Annual administration report of the Civil Veterinary Department of India - 1895-1896
Year: 1895
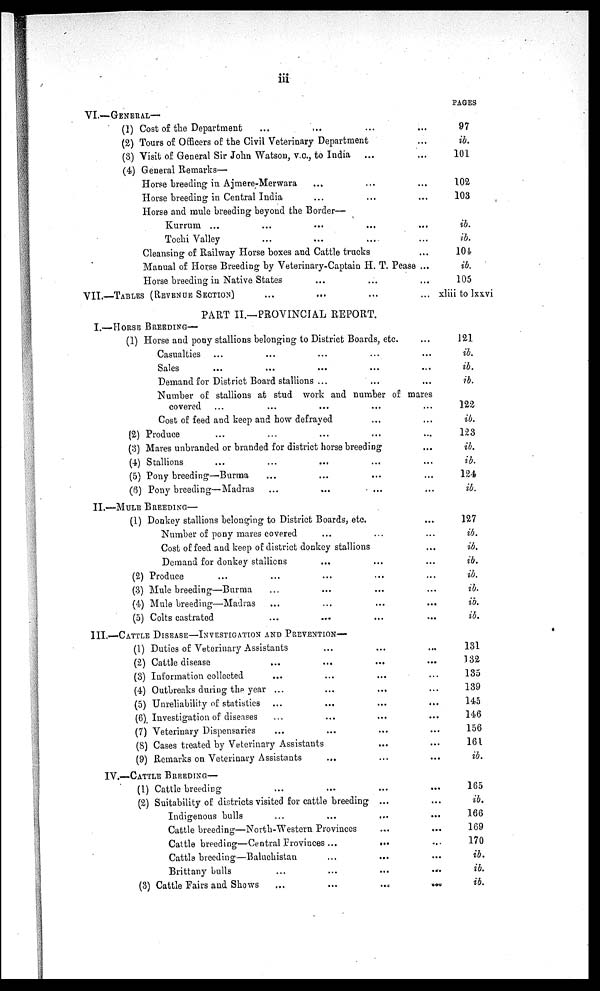
iii
VI.—GENERAL—
(1) Cost of the Department
...
... ... ...
(2) Tours of Officers of the Civil Veterinary Department ...
(3) Visit of General Sir John Watson, v.c., to India ... ...
(4) General Remarks—
Horse breeding in Ajmere-Merwara ... ... ...
Horse breeding in Central India ... ... ...
Horse and mule breeding beyond the Border—
Kurrum ... ... ... ... ...
Tochi Valley ... ... ... ...
Cleansing of Railway Horse boxes and Cattle trucks ...
Manual of Horse Breeding by Veterinary-Captain H. T. Pease ...
Horse breeding in Native States ... ... ...
VII.—TABLES (REVENUE SECTION) ... ... ... ...
PART II.—PROVINCIAL REPORT.
I.—HORSE BREEDING—
(1) Horse and pony stallions belonging to District Boards, etc. ...
Casualties ... ... ... ... ...
Sales ... ... ... ... ...
Demand for District Board stallions ... ... ...
Number of stallions at stud work and number of mares
covered ... ... ... ... ...
Cost of feed and keep and how defrayed ... ...
(2) Produce ... ... ... ... ...
(3) Mares unbranded or branded for district horse breeding ...
(4) Stallions ... ... ... ... ...
(5) Pony breeding—Burma ... ... ... ...
(6) Pony breeding—Madras
...
...
... ...
II.—MULE BREEDING—
(1) Donkey stallions belonging to District Boards, etc. ...
Number of pony mares covered ... ... ...
Cost of feed and keep of district donkey stallions ...
Demand for donkey stallions ... ... ...
(2) Produce ... ... ... ... ...
(3) Mule breeding—Burma ... ... ... ...
(4) Mule breeding—Madras ... ... ... ...
(5) Colts castrated ... ... ... ...
III.-CATTLE DISEASE—INVESTIGATION AND PREVENTION—
(1) Duties of Veterinary Assistants ... ... ...
(2) Cattle disease ... ... ... ...
(3) Information collected ... ... ... ...
(4) Outbreaks during the year ... ... ... ...
(5) Unreliability of statistics ... ... ... ...
(6) Investigation of diseases ... ... ... ...
(7) Veterinary Dispensaries ... ... ... ...
(8) Cases treated by Veterinary Assistants ... ...
(9) Remarks on Veterinary Assistants ... ... ...
IV.—CATTLE BREEDING—
(1) Cattle breeding ... ... ... ...
(2) Suitability of districts visited for cattle breeding ... ...
Indigenous bulls
...
...
... ...
Cattle breeding—North-Western Provinces ... ...
Cattle breeding—Central Provinces ...
... ...
Cattle breeding—Baluchistan ... ... ...
Brittany bulls
...
...
...
...
(3) Cattle Fairs and Shows
...
...
... ...
PAGES
97
ib.
101
102
103
ib.
ib.
104
ib.
105
xliii to lxxvi
121
ib.
ib.
ib.
122
ib.
123
ib.
ib.
124
ib.
127
ib.
ib.
ib.
ib.
ib.
ib.
ib.
131
132
135
139
145
146
156
161
ib.
165
ib.
166
169
170
ib.
ib.
ib.